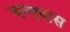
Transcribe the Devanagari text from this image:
चन्ददास